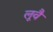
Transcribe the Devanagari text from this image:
लूवैं